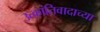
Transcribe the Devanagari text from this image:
उत्क्रांतिवादाच्या